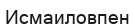
Исмаиловпен